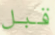
قبل